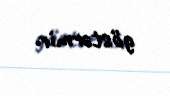
göstərmir.